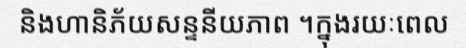
និងហានិភ័យសន្ទនីយភាព ។ក្នុងរយៈពេល